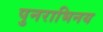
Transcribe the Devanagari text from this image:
पुनराभिनय